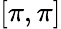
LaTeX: [\pi,\pi]